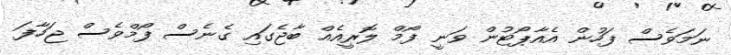
ނަމަވެސް ފަހުން އެއާޕޯޓުން ވަނީ ފޯމް ލޮރީއެއް ބާޖެގައި ގެނެސް ފޯމްވެސް ޖަހާފަ